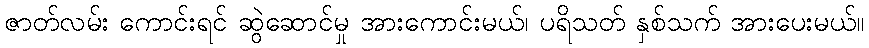
ဇာတ်လမ်း ကောင်းရင် ဆွဲဆောင်မှု အားကောင်းမယ်၊ ပရိသတ် နှစ်သက် အားပေးမယ်။